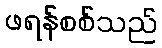
ဖရန်စစ်သည်